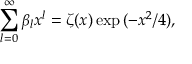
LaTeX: \sum _ { l = 0 } ^ { \infty } \beta _ { l } x ^ { l } = \zeta ( x ) \exp { ( - x ^ { 2 } / 4 ) } ,